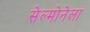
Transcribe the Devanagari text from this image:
सेल्मोनेला